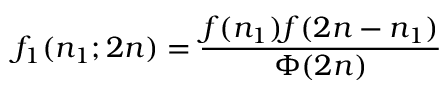
f _ { 1 } ( n _ { 1 } ; 2 n ) = \frac { f ( n _ { 1 } ) f ( 2 n - n _ { 1 } ) } { \Phi ( 2 n ) }